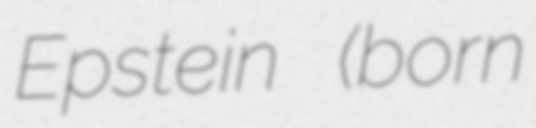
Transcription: Epstein (born